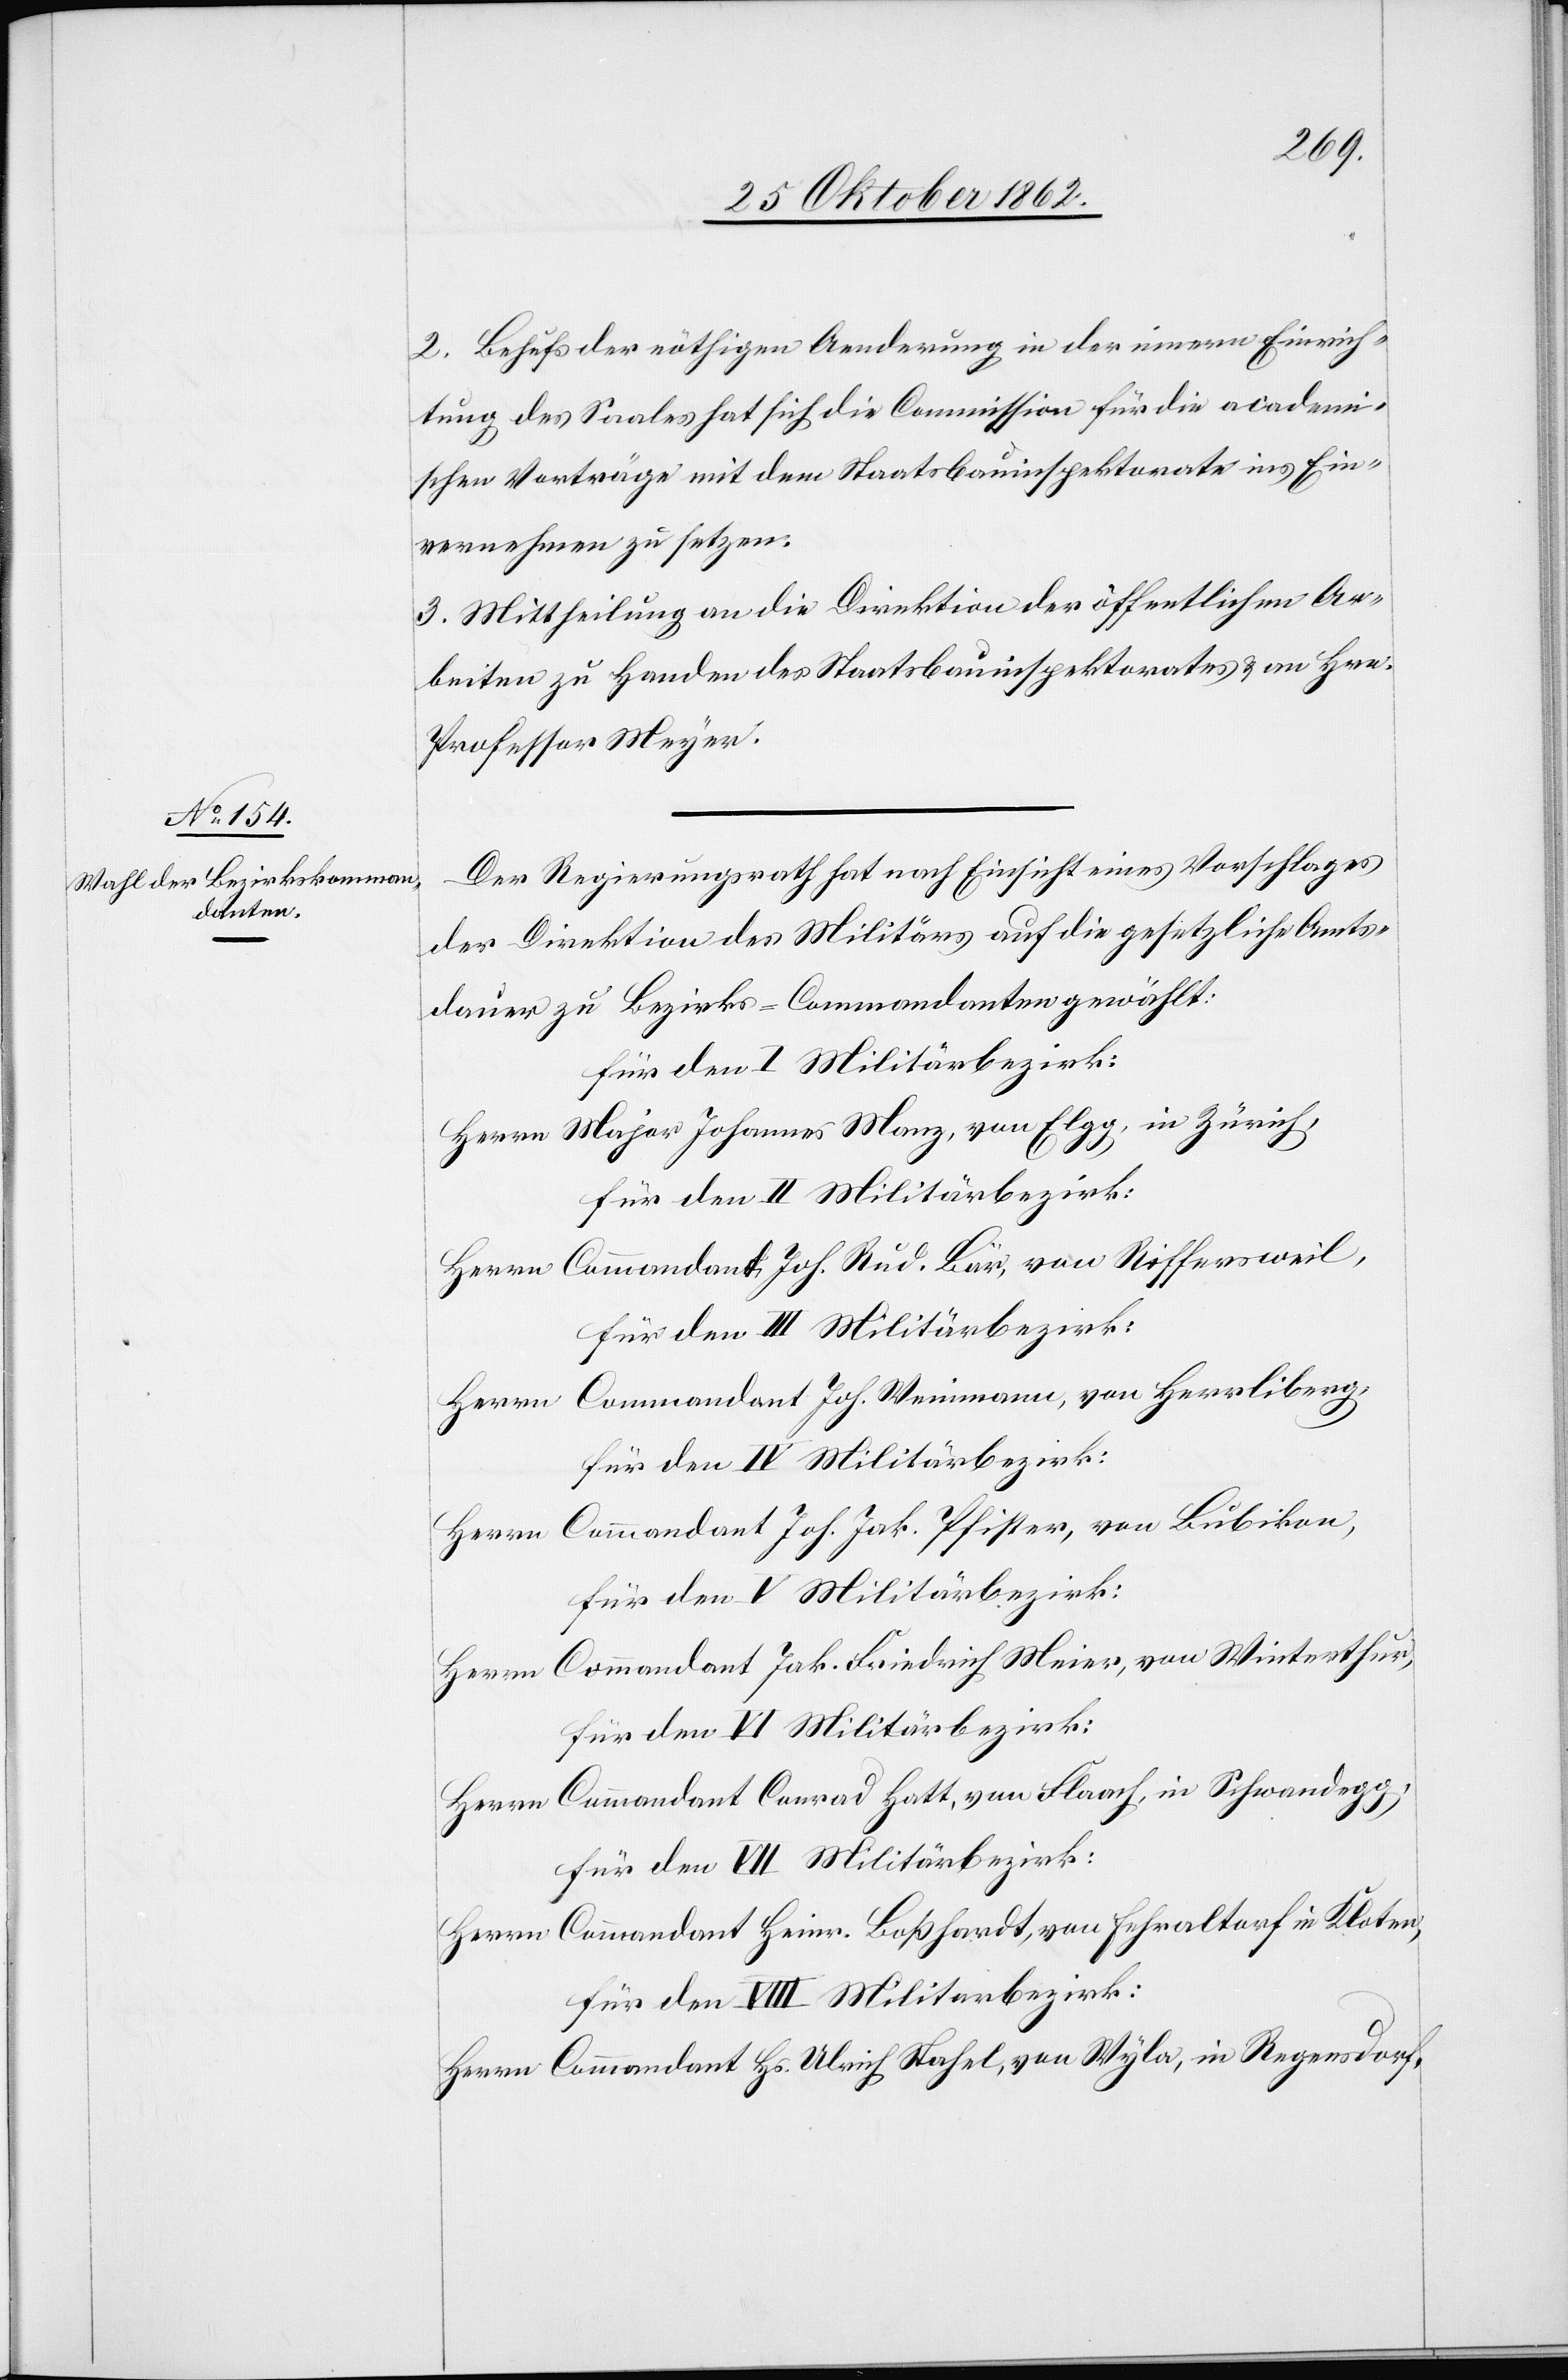
2. Behufs der nöthigen Aenderung in der Innern Einrich¬
tung des Saales hat sich die Commission für die academi¬
schen Verträge mit dem Staatsbauinspektorate ins ein¬
vernehmen zu setzen.
3. Mittheilung an die Direktion der öffentlichen Ar¬
beiten zu Handen des Staatsbauinspektorates u. an Herr
Professor Meyer.
Der Regierungsrath hat nach Einsicht eines Vorschlages
der Direktion des Militärs auf die gesetzliche Amts¬
dauer zu Bezirks-Commandanten gewählt:
für den I. Militärbezirk:
Herrn Major Johannes Manz, von Elgg, in Zürich,
Herrn Commandant Joh. Rud. Bär, von Riffersweil,
für den III. Militärbezirk:
Herrn Commandant Joh. Weinmann, von Herrliberg,
Herrn Commandant Joh. Jak. Pfister, von Bubikon,
für den V. Militärbezirk:
Herrn Commandant Jak. Friedrich Meier, von Winterthur,
Herrn Commandant Conrad Hatt, von Flaach, in Schwandegg,
Herrn Commandant Heinr. Boßhardt, von Fehraltorf in Kloten,
für den VIII. Militarbezirk
Herrn Commandant Hs. Ulrich Stahel, von Wyla, in Regensdorf,